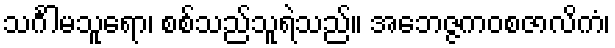
သင်္ဂါမသူရော၊ စစ်သည်သူရဲသည်။ အဘေဇ္ဇကဝစဇာလိကံ၊